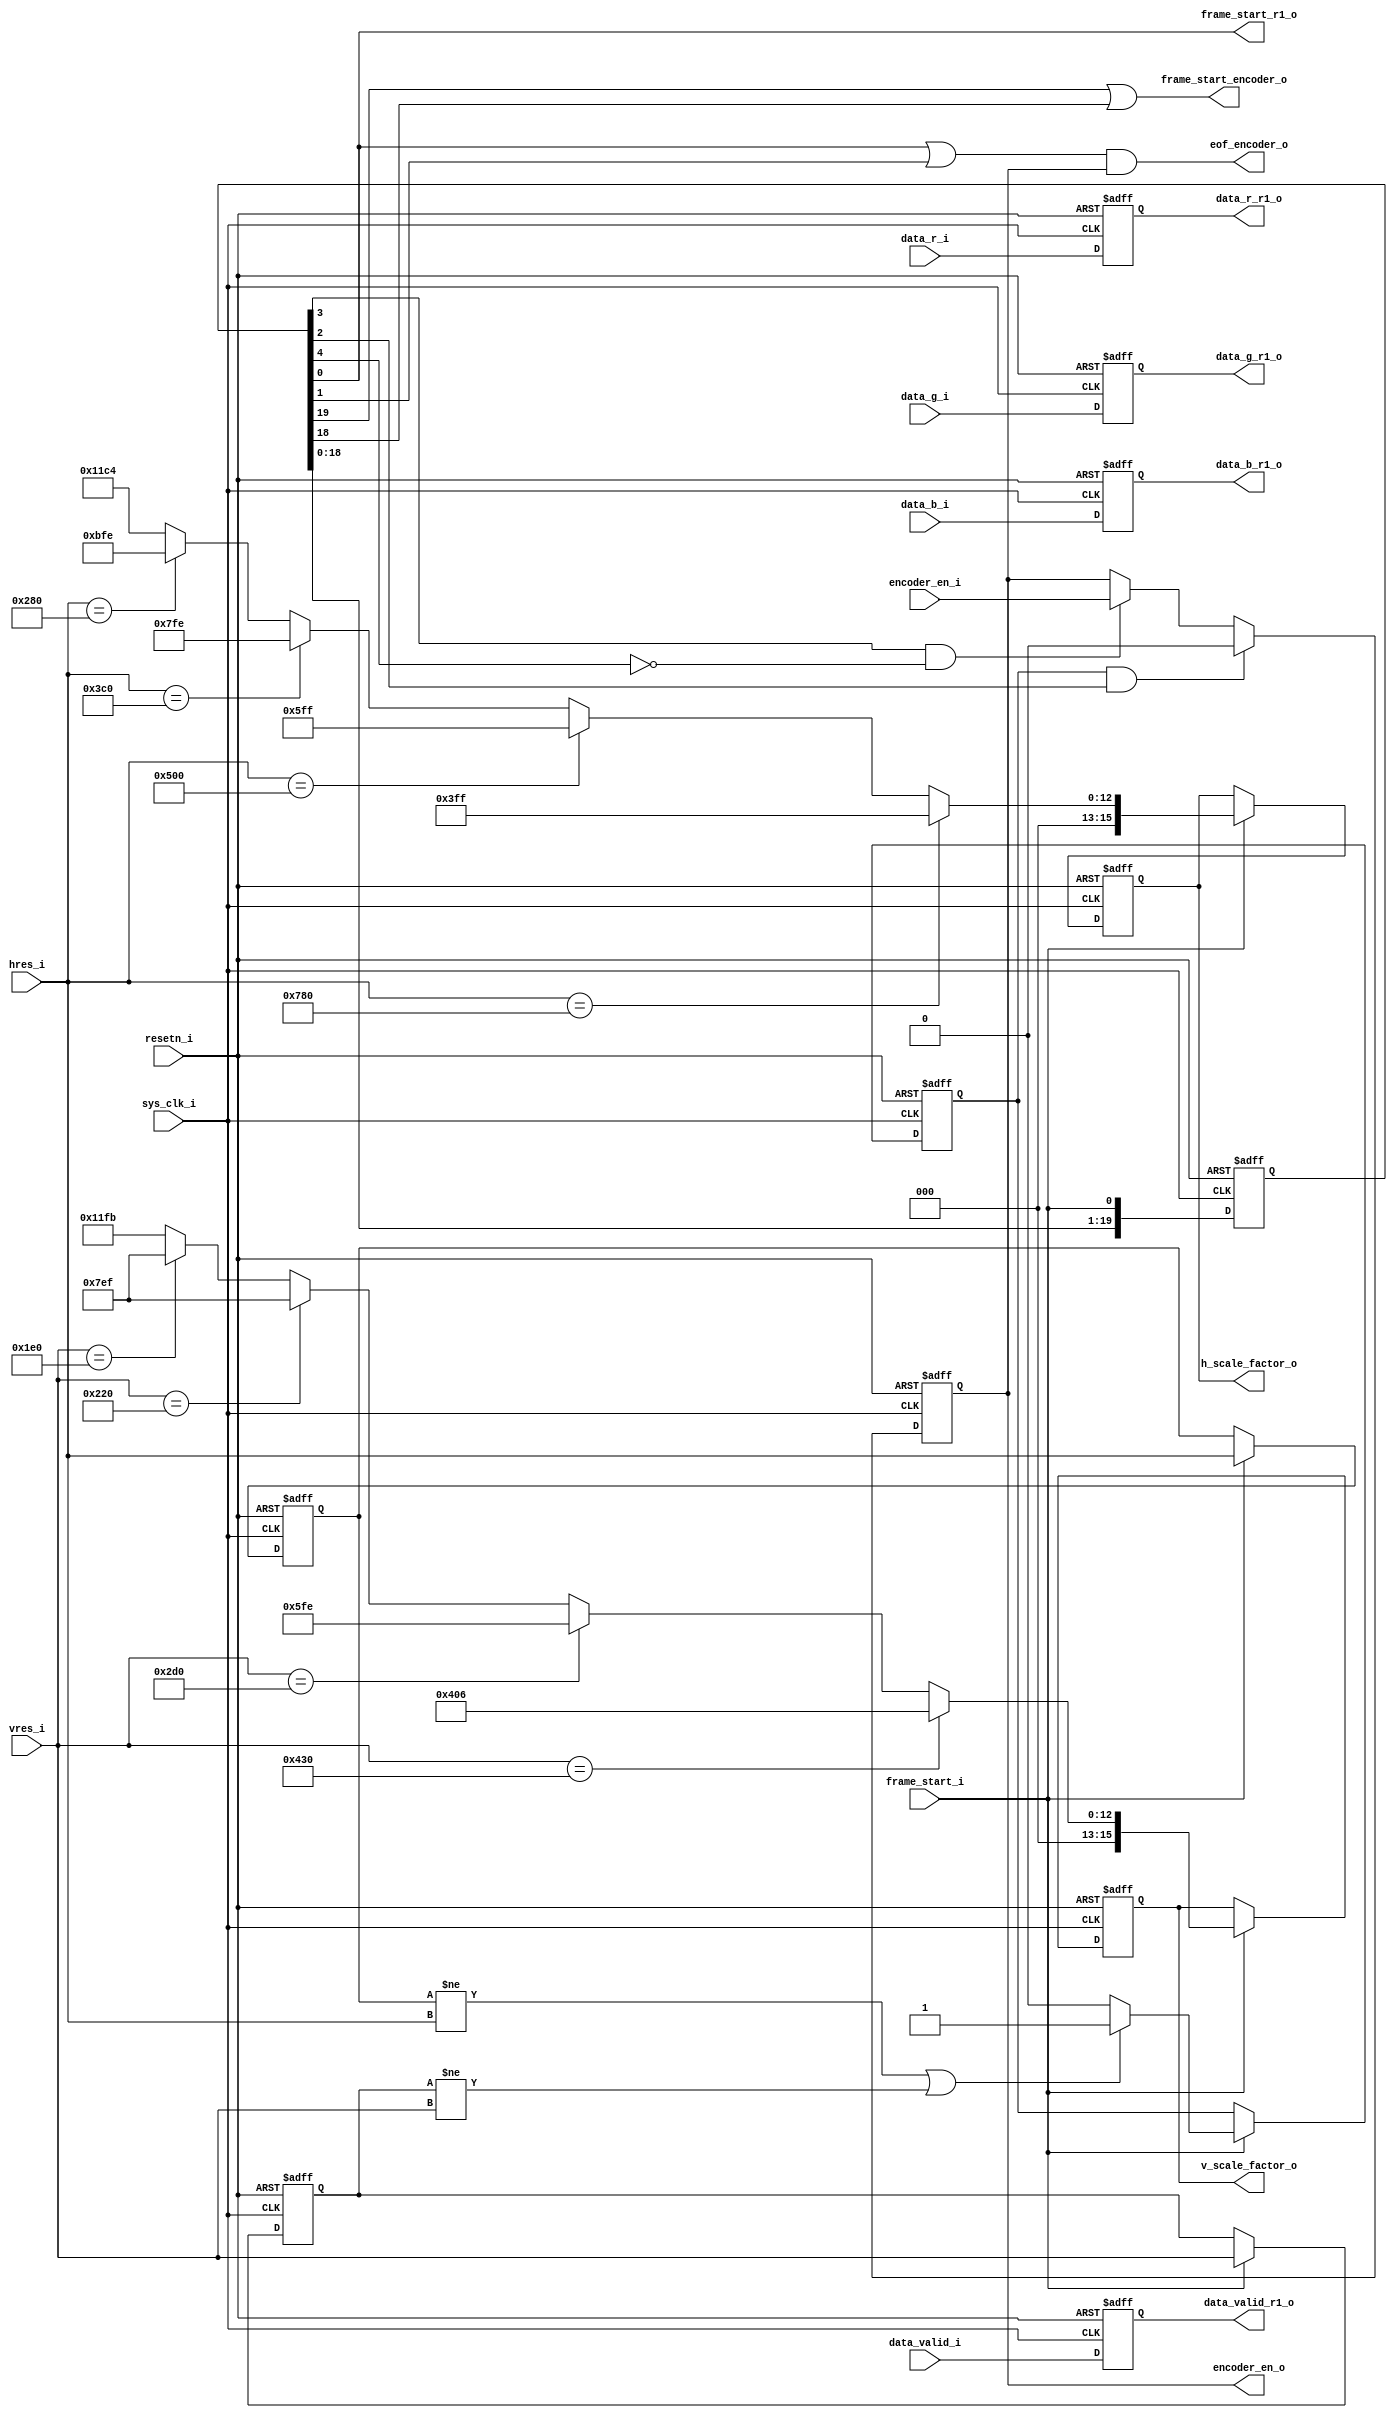
module frame_controls_gen
  (
   input                sys_clk_i,
   input                resetn_i,
   input                encoder_en_i, //from MSS GPIO
   input                frame_start_i,
   input      [15:0]    hres_i,
   input      [15:0]    vres_i,
   input                data_valid_i,
   input      [7:0]     data_r_i,
   input      [7:0]     data_g_i,
   input      [7:0]     data_b_i,   
   output reg           data_valid_r1_o, //registering for scaler to RBG2YCB timing
   output reg [7:0]     data_r_r1_o, 
   output reg [7:0]     data_g_r1_o,
   output reg [7:0]     data_b_r1_o,
   output               frame_start_r1_o, //to reset scaler IP
   output reg [15:0]    h_scale_factor_o,
   output reg [15:0]    v_scale_factor_o,
   output reg           encoder_en_o,
   output reg           frame_start_encoder_o,
   output               eof_encoder_o
 ); 

/************************************************************************
    Local parameters
*************************************************************************/

/************************************************************************
    Register/Wire Declarations
*************************************************************************/
reg [15:0]  hres_eof;
reg [15:0]  vres_eof;
reg         res_change;
reg [19:0]  frame_start_sr;
wire        frame_start_re;
/************************************************************************
	Module Instantiations
*************************************************************************/

/************************************************************************
    Top level output port assignments
    delay1  eof_encoder_o
    delay4  encoder_en_o
    delay18 frame_start_encoder_o
*************************************************************************/
assign frame_start_r1_o  = frame_start_sr[0];
assign eof_encoder_o     = (frame_start_sr[0] | frame_start_sr[1]) & encoder_en_o;
assign frame_start_encoder_o = frame_start_sr[19] | frame_start_sr[18];
/************************************************************************
	Internal assignments			 
*************************************************************************/
assign frame_start_re = frame_start_sr[0] & (~frame_start_i);     
/************************************************************************
    latch encoder en on frame start
*************************************************************************/  
always@(posedge sys_clk_i, negedge resetn_i)
  if (~resetn_i)
    encoder_en_o  <= 0;
  else if (res_change && frame_start_sr[2]) //to regenerate sps&pps
    encoder_en_o  <= 0;
  else if ( frame_start_sr[3] & (~frame_start_sr[4]) )
    encoder_en_o  <= encoder_en_i;
/************************************************************************
    H scale factors 1920x1072 , 1280x720, 960x544,  640x480 and 432x240
*************************************************************************/  
always@(posedge sys_clk_i, negedge resetn_i)
  if (!resetn_i)  
    h_scale_factor_o    <= 1535;
  else if (frame_start_i)
    if (hres_i == 1920)  
      h_scale_factor_o  <=  1023;
    else if (hres_i == 1280)   
      h_scale_factor_o  <=  1535;
    else if (hres_i == 960)  
      h_scale_factor_o  <=  2046; 
    else if (hres_i == 640)
      h_scale_factor_o  <=  3070;
    else //432
      h_scale_factor_o  <=  4548;      
         
/************************************************************************
    V scale factors
*************************************************************************/  
always@(posedge sys_clk_i, negedge resetn_i)
  if (!resetn_i)
    v_scale_factor_o    <= 1534;
  else if (frame_start_i)
    if (vres_i == 1072)   
      v_scale_factor_o  <= 1030; 
    else if (vres_i == 720)   
      v_scale_factor_o  <= 1534;
    else if (vres_i == 544)   
      v_scale_factor_o  <= 2031;
    else if (vres_i == 480)
      v_scale_factor_o  <= 2031;
    else //240
      v_scale_factor_o  <= 4603;
      
/************************************************************************
    Process to register on frame start
*************************************************************************/  
always@(posedge sys_clk_i, negedge resetn_i)
  if (!resetn_i)  
  begin
    hres_eof   <= 1280;
    vres_eof   <= 720;
    res_change <= 1'b0;
  end
  else if (frame_start_i)
  begin
    hres_eof   <= hres_i;
    vres_eof   <= vres_i;
    if ((hres_eof != hres_i) || (vres_eof != vres_i))
      res_change  <= 1'b1;
    else
      res_change  <= 1'b0;  
  end
/************************************************************************
    Process to register signals
*************************************************************************/  
always@(posedge sys_clk_i, negedge resetn_i)
  if (!resetn_i)  
  begin
    frame_start_sr  <= 0;   
    data_valid_r1_o <= 0;
    data_r_r1_o     <= 0;
    data_g_r1_o     <= 0;
    data_b_r1_o     <= 0;
  end   
  else
  begin
    frame_start_sr  <= {frame_start_sr[18:0],frame_start_i};
    data_valid_r1_o <= data_valid_i;
    data_r_r1_o     <= data_r_i;
    data_g_r1_o     <= data_g_i;
    data_b_r1_o     <= data_b_i;
  end

endmodule